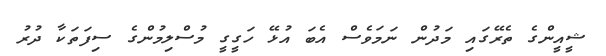
ޝީއީންގެ ތެރޭގައި މަދުން ނަމަވެސް އެބަ އުޅޭ ހަގީގީ މުސްލިމުންގެ ސިފަތަކާ ދުރު